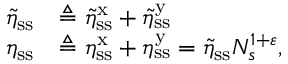
\begin{array} { r l } { \tilde { \eta } _ { \mathrm { s s } } } & { \triangleq \tilde { \eta } _ { \mathrm { s s } } ^ { \mathrm { x } } + \tilde { \eta } _ { \mathrm { s s } } ^ { \mathrm { y } } } \\ { \eta _ { \mathrm { s s } } } & { \triangleq \eta _ { \mathrm { s s } } ^ { \mathrm { x } } + \eta _ { \mathrm { s s } } ^ { \mathrm { y } } = \tilde { \eta } _ { \mathrm { s s } } N _ { s } ^ { 1 + \varepsilon } , } \end{array}